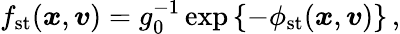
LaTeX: f_{\mathrm{st}}(\boldsymbol{x},\boldsymbol{v})=g_{0}^{-1}\exp\left\{ -\phi_{\mathrm{st}}(\boldsymbol{x},\boldsymbol{v})\right\} \, ,